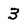
Character: 3